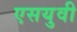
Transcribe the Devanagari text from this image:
एसयुवी